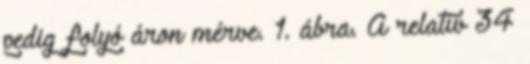
pedig folyó áron mérve. 1. ábra. A relatív 34